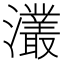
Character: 灇